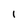
Character: 1